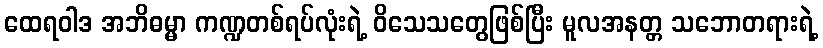
ထေရဝါဒ အဘိဓမ္မာ ကဏ္ဍတစ်ရပ်လုံးရဲ့ ဝိသေသတွေဖြစ်ပြီး မူလအနတ္တ သဘောတရားရဲ့